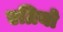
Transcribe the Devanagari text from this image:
एग्रियो